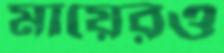
মায়েরও